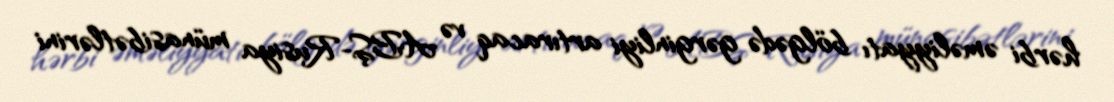
hərbi əməliyyatı bölgədə gərginliyi artıracaq və ABŞ-Rusiya münasibətlərini